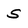
Character: S